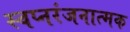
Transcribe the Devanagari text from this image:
स्वप्नरंजनात्मक